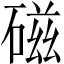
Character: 磁